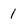
Character: 1